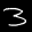
Label: 3